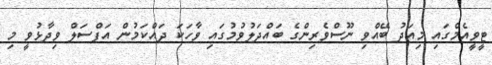
ޓީވީއެމްގައި މިއަދު ބޭއްވި ނޫސްވެރިންގެ ބައްދަލުވުމުގައި ވާހަކަ ދައްކަމުން އަފްސަލް ވިދާޅުވީ މި